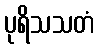
ပုရိသသတံ